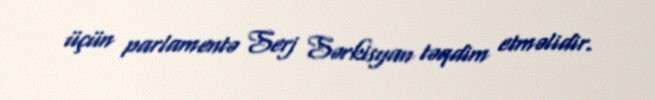
üçün parlamentə Serj Sərkisyan təqdim etməlidir.